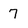
Character: 7